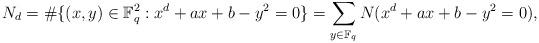
LaTeX: \begin{align*} N_d=\#\{(x, y)\in \mathbb{F}_q^2: x^d+ax+b-y^2=0\}=\sum_{y\in\mathbb{F}_q}N(x^d+ax+b-y^2=0),\end{align*}